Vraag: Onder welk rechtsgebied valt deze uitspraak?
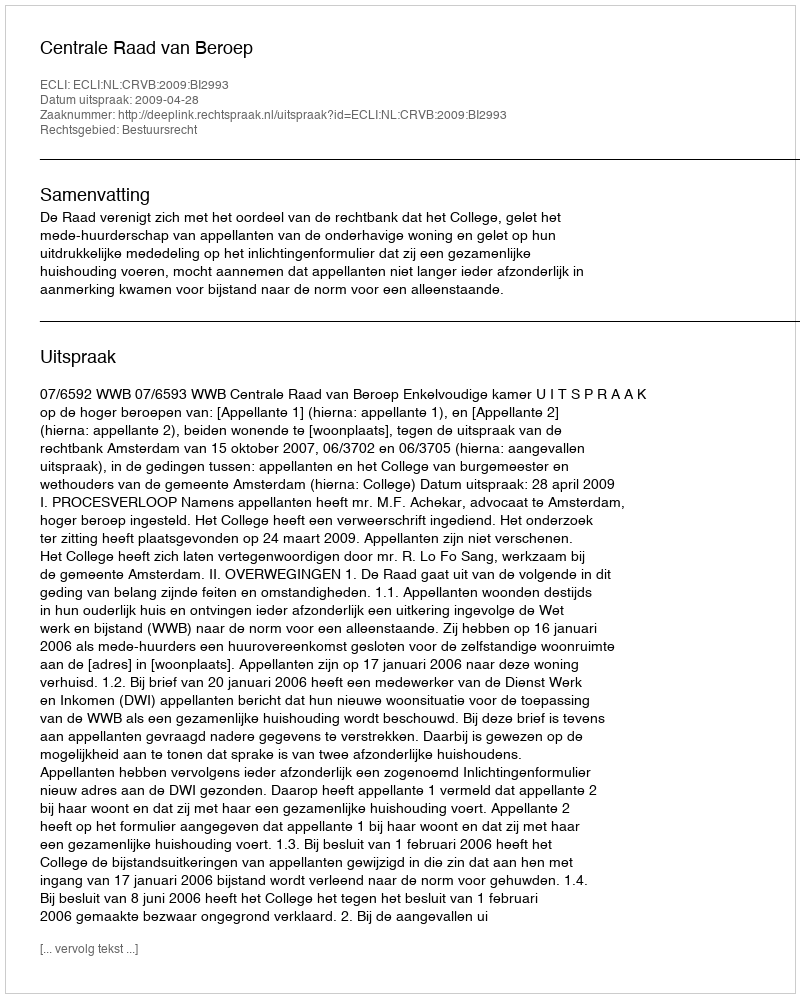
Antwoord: Bestuursrecht